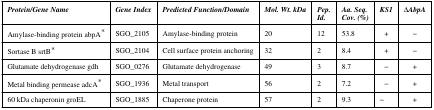
<table><thead><tr><td><b><i>Protein/Gene Name</i></b></td><td><b><i>Gene Index</i></b></td><td><b><i>Predicted Function/Domain</i></b></td><td><b><i>Mol. Wt. kDa</i></b></td><td><b><i>Pep.</i><i>Id.</i></b></td><td><b><i>Aa. Seq.</i><i>Cov. (%)</i></b></td><td><b><i>KS1</i></b></td><td><b><i>ΔAbpA</i></b></td></tr></thead><tbody><tr><td>Amylase-binding protein abpA*</td><td>SGO_2105</td><td>Amylase-binding protein</td><td>20</td><td>12</td><td>53.8</td><td>+</td><td>−</td></tr><tr><td>Sortase B srtB*</td><td>SGO_2104</td><td>Cell surface protein anchoring</td><td>32</td><td>2</td><td>8.4</td><td>+</td><td>−</td></tr><tr><td>Glutamate dehydrogenase gdh</td><td>SGO_0276</td><td>Glutamate dehydrogenase</td><td>49</td><td>3</td><td>8.7</td><td>−</td><td>+</td></tr><tr><td>Metal binding permease adcA*</td><td>SGO_1936</td><td>Metal transport</td><td>56</td><td>2</td><td>7.2</td><td>−</td><td>+</td></tr><tr><td>60 kDa chaperonin groEL</td><td>SGO_1885</td><td>Chaperone protein</td><td>57</td><td>2</td><td>9.3</td><td>−</td><td>+</td></tr></tbody></table>